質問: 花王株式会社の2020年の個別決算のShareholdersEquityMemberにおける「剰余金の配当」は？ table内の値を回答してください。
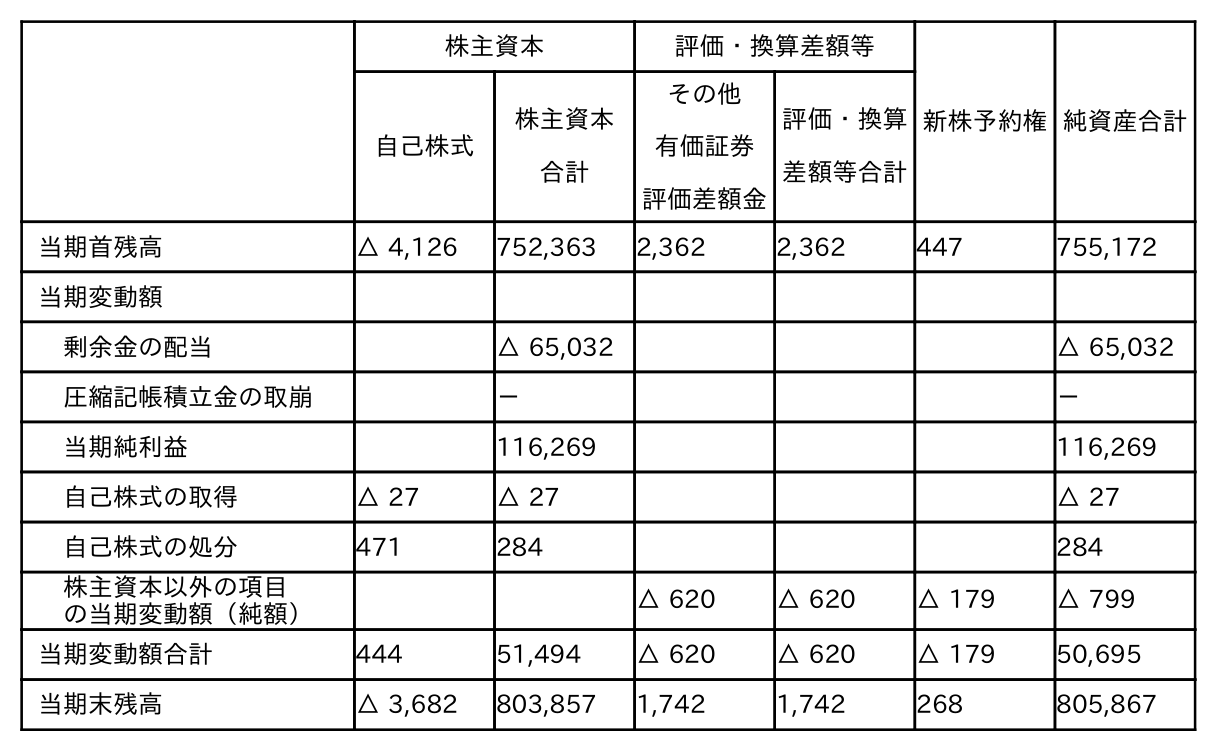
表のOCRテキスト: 株主資本 評価・換算差額等 新株予約権純資産合計 自己株式 株主資本 合計 その他 有価証券 評価差額金 評価・換算 差額等合計 当期首残高 △ 4,126 752,363 2,362 2,362 447 755,172 当期変動額 剰余金の配当 △ 65,032 △ 65,032 圧縮記帳積立金の取崩 － － 当期純利益 116,269 116,269 自己株式の取得 △ 27 △ 27 △ 27 自己株式の処分 471 284 284 株主資本以外の項目 の当期変動額（純額） △ 620 △ 620 △ 179 △ 799 当期変動額合計 444 51,494 △ 620 △ 620 △ 179 50,695 当期末残高 △ 3,682 803,857 1,742 1,742 268 805,867
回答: △65,032